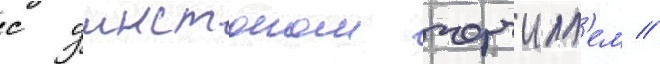
с уинстоном черчилл'ем //